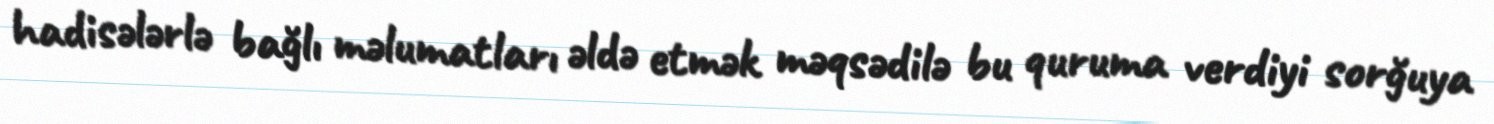
hadisələrlə bağlı məlumatları əldə etmək məqsədilə bu quruma verdiyi sorğuya